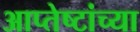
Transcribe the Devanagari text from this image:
आप्‍तेष्टांच्या